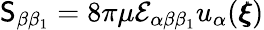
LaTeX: \mathsf{S}_{\beta\beta_{1}}=8\pi\mu\mathcal{E}_{\alpha\beta\beta_{1}}u_{\alpha}({\pmb\xi})